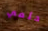
حلمي